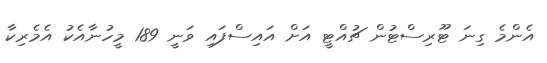
އެންމެ ގިނަ ޓޫރިސްޓުން ޗުއްޓީ އަށް އައިސްފައި ވަނީ 189 މީހުނާއެކު އެމެރިކާ